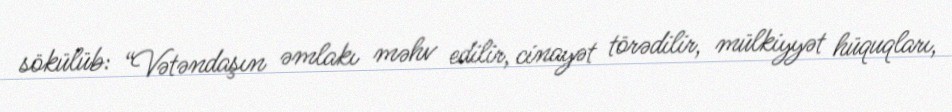
sökülüb: “Vətəndaşın əmlakı məhv edilir, cinayət törədilir, mülkiyyət hüquqları,